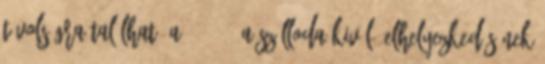
távolságra található a . 24517 A szálloda kiváló elhelyezkedésének